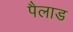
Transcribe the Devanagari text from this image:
पैलाड